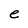
Character: e